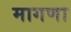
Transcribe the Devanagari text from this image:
मागणा